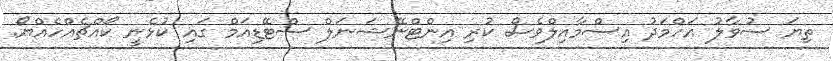
ތިޔަ ސުވާލު އަހްމަދު އިސްމާއިލްވެސް ކުރި އިންޓްނޭޝަނަލް ސްޓޭޑިއަމް ގައި ކުޅެނީ ކޯއްޗެއްހެއްޔޯ.